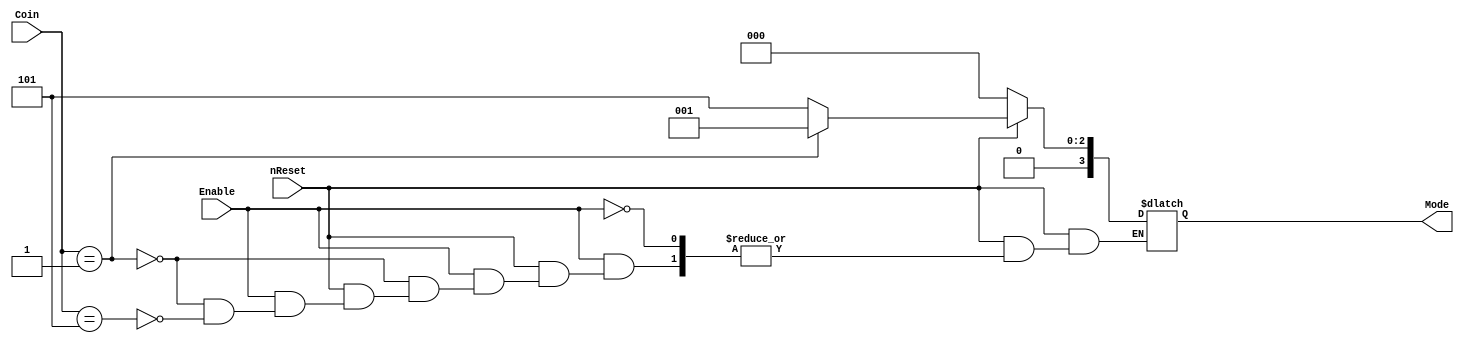
module Mode_Select(Coin, nReset,Enable, Mode);
	
	input nReset;
	input wire [2:0] Coin;
	input wire Enable;
	output reg [3:0]Mode;
	
	always@(*)
		begin
			if(!nReset)
				begin
					Mode = 4'b0000;
				end
			else
			begin
				if(Enable)
				begin
					if(Coin == 3'b001) //if 1 peso
						begin
						Mode = 4'b0001;
						end
					else if(Coin == 3'b101) //if 5 peso
						begin
						Mode = 4'b0101;
						end
				
				end		
			end	
		
		end	
endmodule